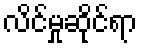
လိင်မှုဆိုင်ရာ